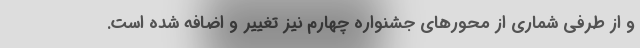
و از طرفی شماری از محورهای جشنواره چهارم نیز تغییر و اضافه شده است.